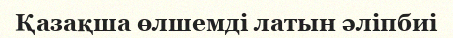
Қазақша өлшемді латын әліпбиі